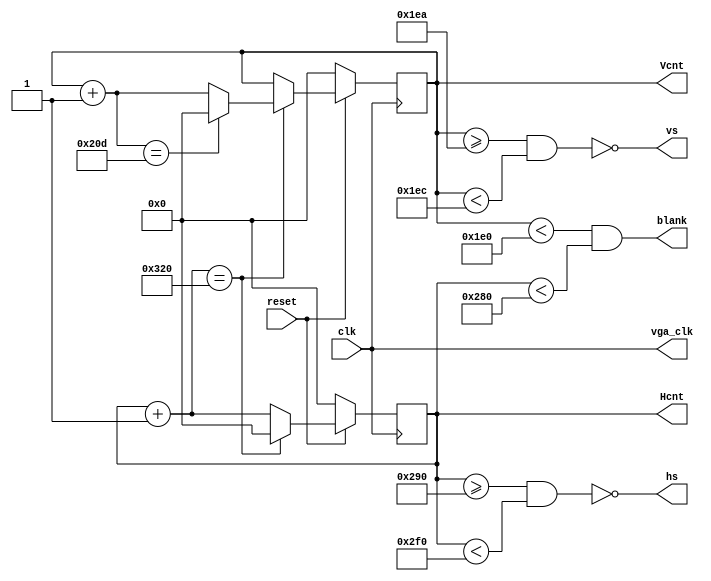
module vga_display(
	input clk,
	input reset,
	output reg[9:0] Hcnt,
	output reg[9:0] Vcnt,
	output hs,
	output vs,
	output blank,
	output vga_clk
);
	assign vga_clk = clk;
	assign vs = ~(Vcnt >= visible_area_v + front_porch_v && Vcnt < visible_area_v + front_porch_v + sync_pulse_v);
	assign hs = ~(Hcnt >= visible_area_h + front_porch_h && Hcnt < visible_area_h + front_porch_h + sync_pulse_h);
	assign blank = Vcnt < visible_area_v && Hcnt < visible_area_h;
	
	 //parameter definition
	parameter integer visible_area_h = 640;
	parameter integer front_porch_h = 16;
	parameter integer sync_pulse_h = 96;
	parameter integer back_porch_h = 48;
	parameter integer whole_line_h = 800;

	parameter integer visible_area_v = 480;
	parameter integer front_porch_v = 10;
	parameter integer sync_pulse_v = 2;
	parameter integer back_porch_v = 33;
	parameter integer whole_line_v = 525;
	
	/*generate the hs && vs timing*/
	always@(posedge(clk)) 
	begin
		if (!reset)
		begin
			Hcnt = 0;
			Vcnt = 0;
		end
		/*conditions of reseting Hcnter && Vcnter*/
		else
		begin
			Hcnt = Hcnt + 1;
			if( Hcnt == whole_line_h)
			begin
				Hcnt = 0;
				Vcnt = Vcnt + 1;
				if( Vcnt == whole_line_v)
					Vcnt = 0;
			end
		end
	end
endmodule